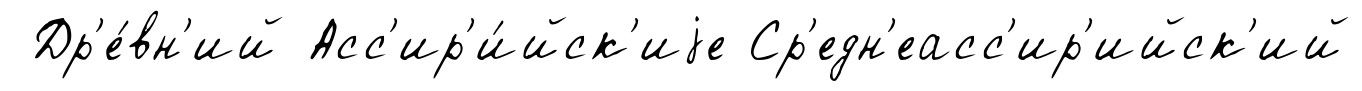
Др'е́вн'ий Асс'ир'и́йск'иjе Ср'едн'еасс'ир'ийск'ий